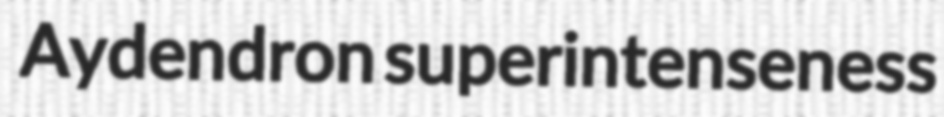
Aydendron superintenseness